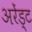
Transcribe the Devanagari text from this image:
अरेंड्ट